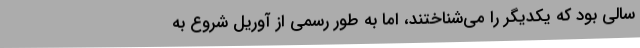
سالی بود که یکدیگر را می‌شناختند، اما به طور رسمی از آوریل شروع به